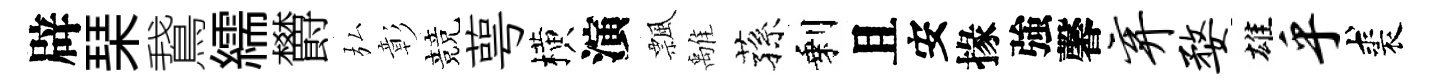
辟琹鵞繻欝弘彰競萼横演飄𩀌蓀剩且安掾強馨弃婺雄乎裘